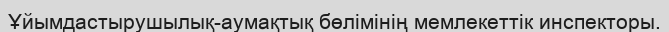
Ұйымдастырушылық-аумақтық бөлімінің мемлекеттік инспекторы.